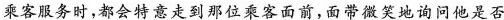
乘客服务时，都会特意走到那位乘客面前，面带微笑地询问他是否